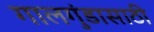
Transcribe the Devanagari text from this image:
गालगुंडासाठी